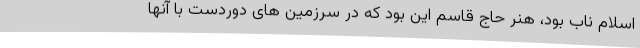
اسلام ناب بود، هنر حاج قاسم این بود که در سرزمین های دوردست با آنها